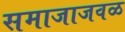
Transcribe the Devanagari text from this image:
समाजाजवळ